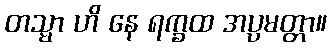
တသ္မာ ဟိ နေ ရက္ခထ အပ္ပမတ္တာ။